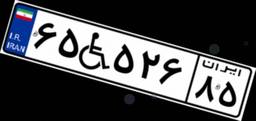
۶۵W۵۲۶۸۵